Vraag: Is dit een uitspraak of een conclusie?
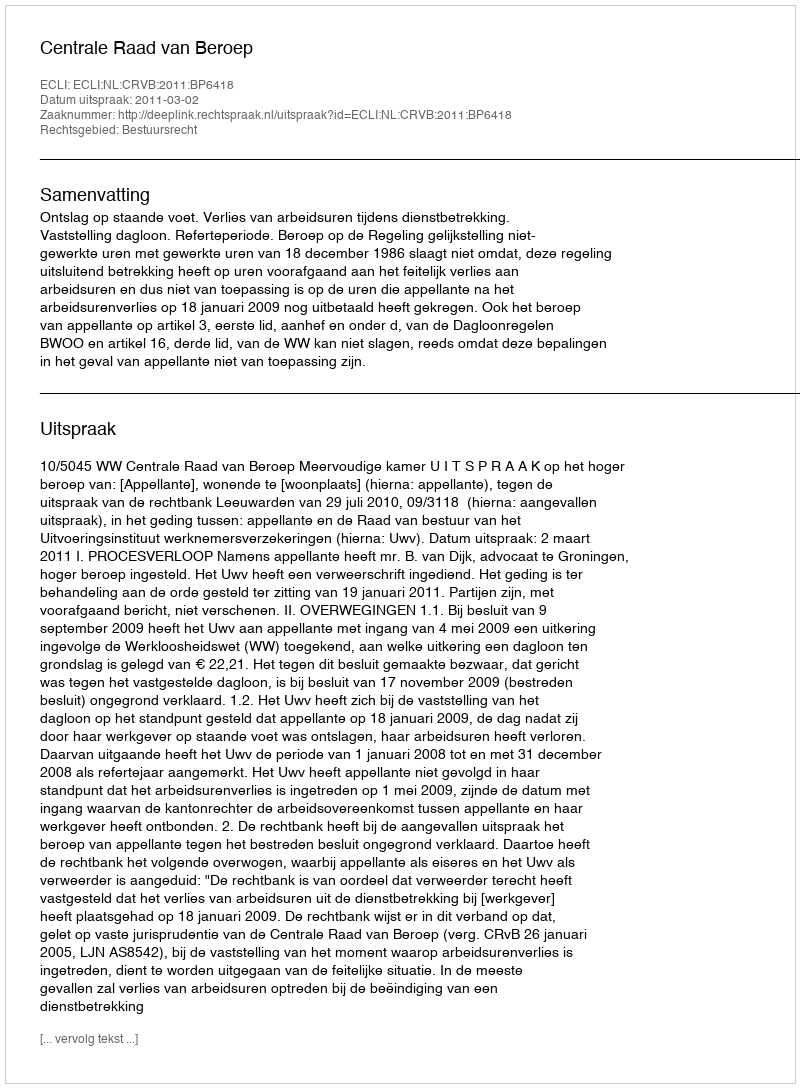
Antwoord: Uitspraak